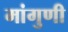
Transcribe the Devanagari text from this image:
मांगुणी